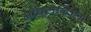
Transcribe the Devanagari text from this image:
ऑक्टोव्हिअन